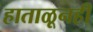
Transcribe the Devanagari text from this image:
हाताळूनही